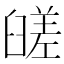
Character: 䑘